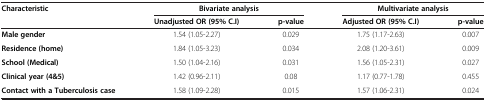
| Characteristic | <COLSPAN=2> Bivariate analysis | <COLSPAN=2> Multivariate analysis |
 |  | Unadjusted OR (95% C.I) | p-value | Adjusted OR (95% C.I) | p-value |
 | --- | --- | --- | --- | --- |
 | Male gender | 1.54 (1.05-2.27) | 0.029 | 1.75 (1.17-2.63) | 0.007 |
 | Residence (home) | 1.84 (1.05-3.23) | 0.034 | 2.08 (1.20-3.61) | 0.009 |
 | School (Medical) | 1.50 (1.04-2.16) | 0.031 | 1.56 (1.05-2.31) | 0.027 |
 | Clinical year (4&5) | 1.42 (0.96-2.11) | 0.08 | 1.17 (0.77-1.78) | 0.455 |
 | Contact with a Tuberculosis case | 1.58 (1.09-2.28) | 0.015 | 1.57 (1.06-2.31) | 0.024 |